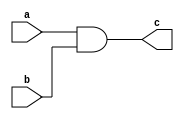
module andgate (c,a,b);
input a,b;
output c;
and a1(c,a,b);  

endmodule